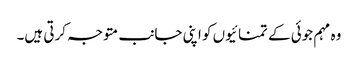
وہ مہم جوئی کے تمنائیوں کو اپنی جانب متوجہ کرتی ہیں۔